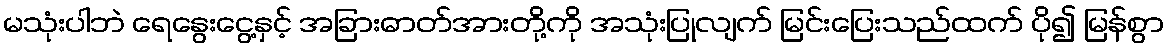
မသုံးပါဘဲ ရေနွေးငွေ့နှင့် အခြားဓာတ်အားတို့ကို အသုံးပြုလျက် မြင်းပြေးသည်ထက် ပို၍ မြန်စွာ